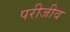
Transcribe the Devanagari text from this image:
परीजीव